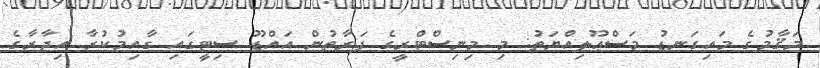
މަޤާމުގެ މައިގަނޑު މަސްޢޫލިއްޔަތު: މި މިނިސްޓްރީގެ ފަރާތުން އައްޑޫ ސިޓީގައި ގާއިމުކުރާ އިދާރާގެ